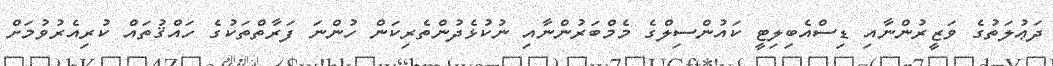
ދަޢުލަތުގެ ވަޒީރުންނާއި ޑިސްއެބިލިޓީ ކައުންސިލްގެ މެމްބަރުންނާއި ނުކުޅެދުންތެރިކަން ހުންނަ ފަރާތްތަކުގެ ހައްޤުތައް ކުރިއެރުވުމަށް